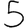
Digit: 5